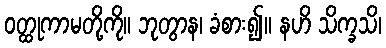
ဝတ္ထုကာမတို့ကို။ ဘုတွာန၊ ခံစား၍။ နဟိ သိက္ခသိ၊